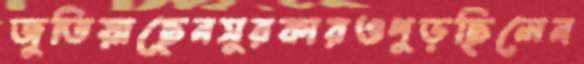
জুতিয়াছেনসুরকারওপুড়ছিলেন